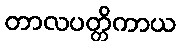
တာလပတ္တိကာယ